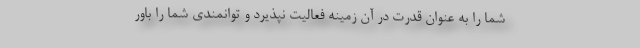
شما را به عنوان قدرت در آن زمینه فعالیت نپذیرد و توانمندی شما را باور